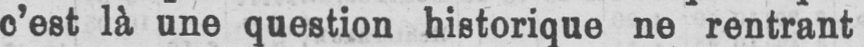
c’est là une question historique ne rentrant